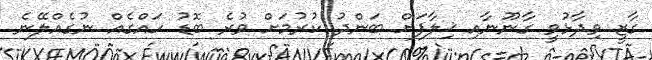
ގާޒީ ވިދާޅުވީ ގާނޫނާއި ޚިލާފަށް ބަންދު ކުރުމަށް ވުރެ ބޮޑު ހައްގެއް ނުގެއްލޭނެ